Civil Veterinary Department. United Provinces 1912-22 - 1912-1922
Year: 1912
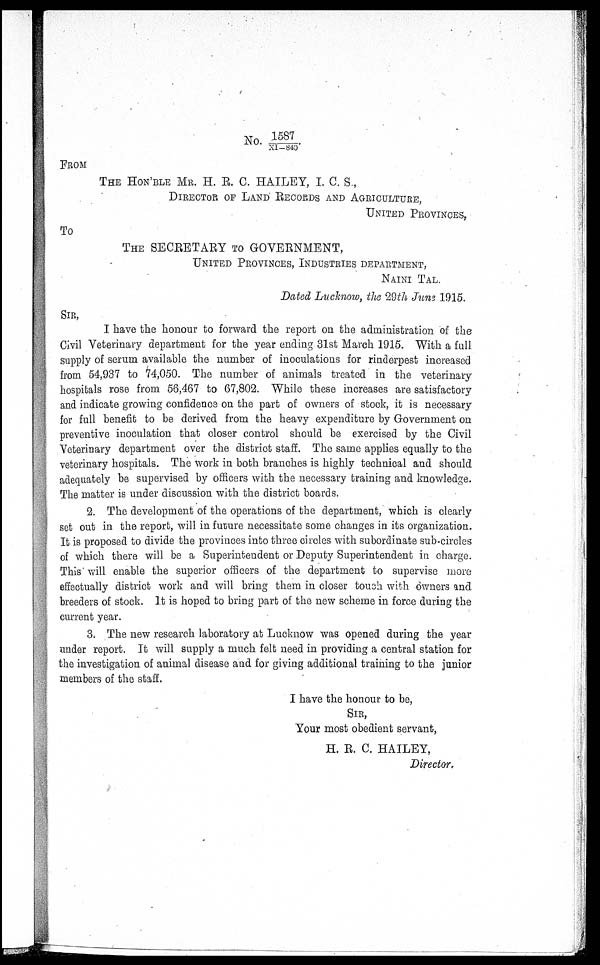
No. 1587/XI-840
FROM
THE HON'BLE MR. H. R. C. HAILEY, I. C. S.,
DIRECTOR OF LAND RECORDS AND AGRICULTURE,
UNITED PROVINCES,
To
THE SECRETARY TO GOVERNMENT,
UNITED PROVINCES, INDUSTRIES DEPARTMENT,
NAINI TAL.
Dated Lucknow, the 29th June 1915.
SIR,
I have the honour to forward the report on the administration of the
Civil Veterinary department for the year ending 31st March 1915. With a full
supply of serum available the number of inoculations for rinderpest increased
from 54,937 to 74,050. The number of animals treated in the veterinary
hospitals rose from 56,467 to 67,802. While these increases are satisfactory
and indicate growing confidence on the part of owners of stock, it is necessary
for full benefit to be derived from the heavy expenditure by Government on
preventive inoculation that closer control should be exercised by the Civil
Veterinary department over the district staff. The same applies equally to the
veterinary hospitals. The work in both branches is highly technical and should
adequately be supervised by officers with the necessary training and knowledge.
The matter is under discussion with the district boards.
2. The development of the operations of the department, which is clearly
set out in the report, will in future necessitate some changes in its organization.
It is proposed to divide the provinces into three circles with subordinate sub-circles
of which there will be a Superintendent or Deputy Superintendent in charge.
This will enable the superior officers of the department to supervise more
effectually district work and will bring them in closer touch with owners and
breeders of stock. It is hoped to bring part of the new scheme in force during the
current year.
3. The new research laboratory at Lucknow was opened during the year
under report. It will supply a much felt need in providing a central station for
the investigation of animal disease and for giving additional training to the junior
members of the staff.
I have the honour to be,
SIR,
Your most obedient servant,
H. R. C. HAILEY,
Director.